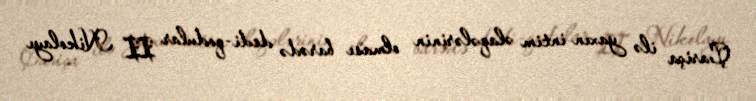
Çariça ilə yaxın intim əlaqələrinin olması barədə dedi-qodular II Nikolayı